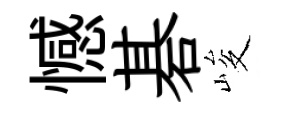
憾碁峻